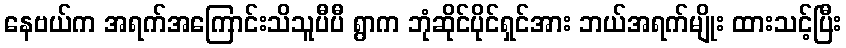
နေဗယ်က အရက်အကြောင်းသိသူပီပီ ရွာက ဘုံဆိုင်ပိုင်ရှင်အား ဘယ်အရက်မျိုး ထားသင့်ပြီး